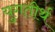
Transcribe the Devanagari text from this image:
युगतीर्थ